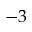
- 3